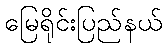
မြေရိုင်းပြည်နယ်